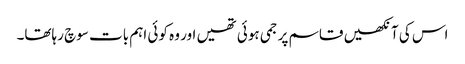
اس کی آنکھیں قاسم پر جمی ہوئی تھیں اور وہ کوئی اہم بات سوچ رہاتھا۔